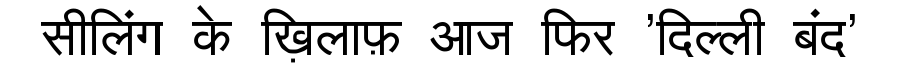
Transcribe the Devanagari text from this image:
सीलिंग के ख़िलाफ़ आज फिर 'दिल्ली बंद'